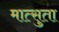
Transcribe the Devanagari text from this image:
मात्सुता